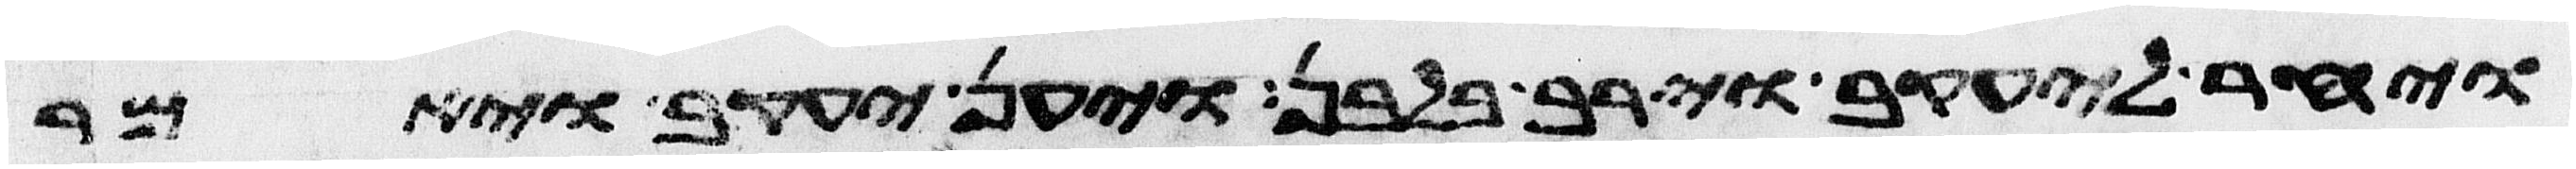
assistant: ויחר ליעקב וירב בלבן ויען יעקב ויאמר